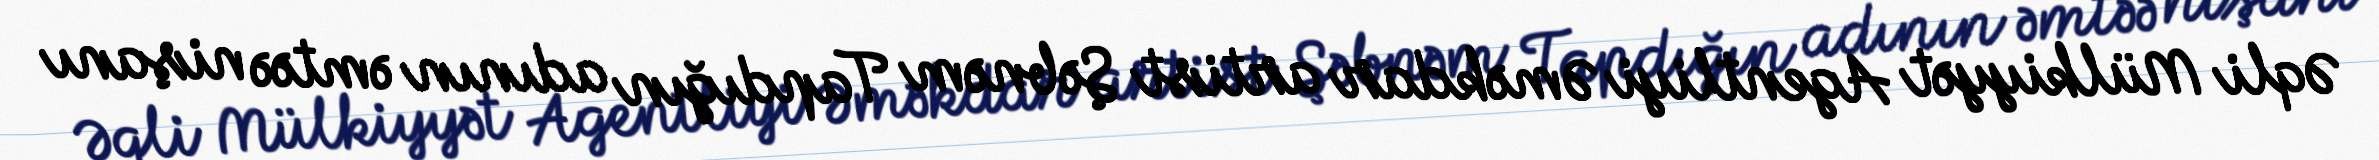
Əqli Mülkiyyət Agentliyi Əməkdar artist Şəbnəm Tapdığın adının əmtəə nişanı